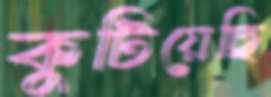
কুটিয়েছি